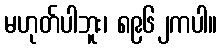
မဟုတ်ပါဘူး၊ ၈၉၆၂ကပါ။